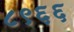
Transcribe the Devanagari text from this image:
८९६६